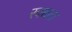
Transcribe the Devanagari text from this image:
स्वच्चता